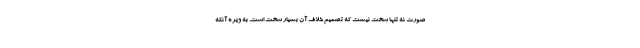
صورت نه تنها سخت نیست که تصمیم خلاف آن بسیار سخت است. به ویژه آنکه